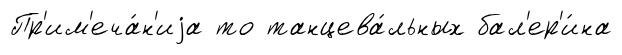
Пр'им'еча́н'иjа то танцева́льных бал'ер'и́на